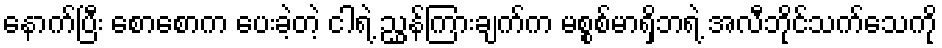
နောက်ပြီး စောစောက ပေးခဲ့တဲ့ ငါရဲ့ ညွှန်ကြားချက်က မစ္စစ်မာရှိဘရဲ့ အလီဘိုင်သက်သေကို